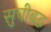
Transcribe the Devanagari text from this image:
सुचीबद्ध